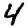
Digit: 4